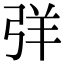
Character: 𢏙